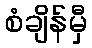
စံချိန်မှီ